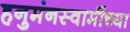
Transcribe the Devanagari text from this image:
हनुमंनस्वामींच्या